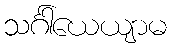
သင်္ဂါယေယျာမ